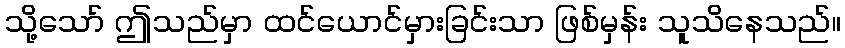
သို့သော် ဤသည်မှာ ထင်ယောင်မှားခြင်းသာ ဖြစ်မှန်း သူသိနေသည်။